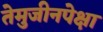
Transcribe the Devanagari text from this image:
तेमुजीनपेक्षा